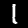
Label: 1